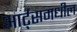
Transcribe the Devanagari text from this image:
आर्ट्‌समधील